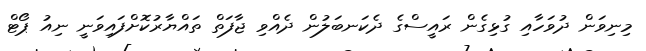
މިނިވަން ދުވަހާއި ގުޅިގެން ރައީސްގެ ދެކަނބަލުން ދެއްވި ޖާފަތް ތައްޔާރުކޮށްފައިވަނީ ނިއު ޕޯޓް